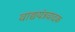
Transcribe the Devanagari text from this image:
वाद्ययंत्रवादक